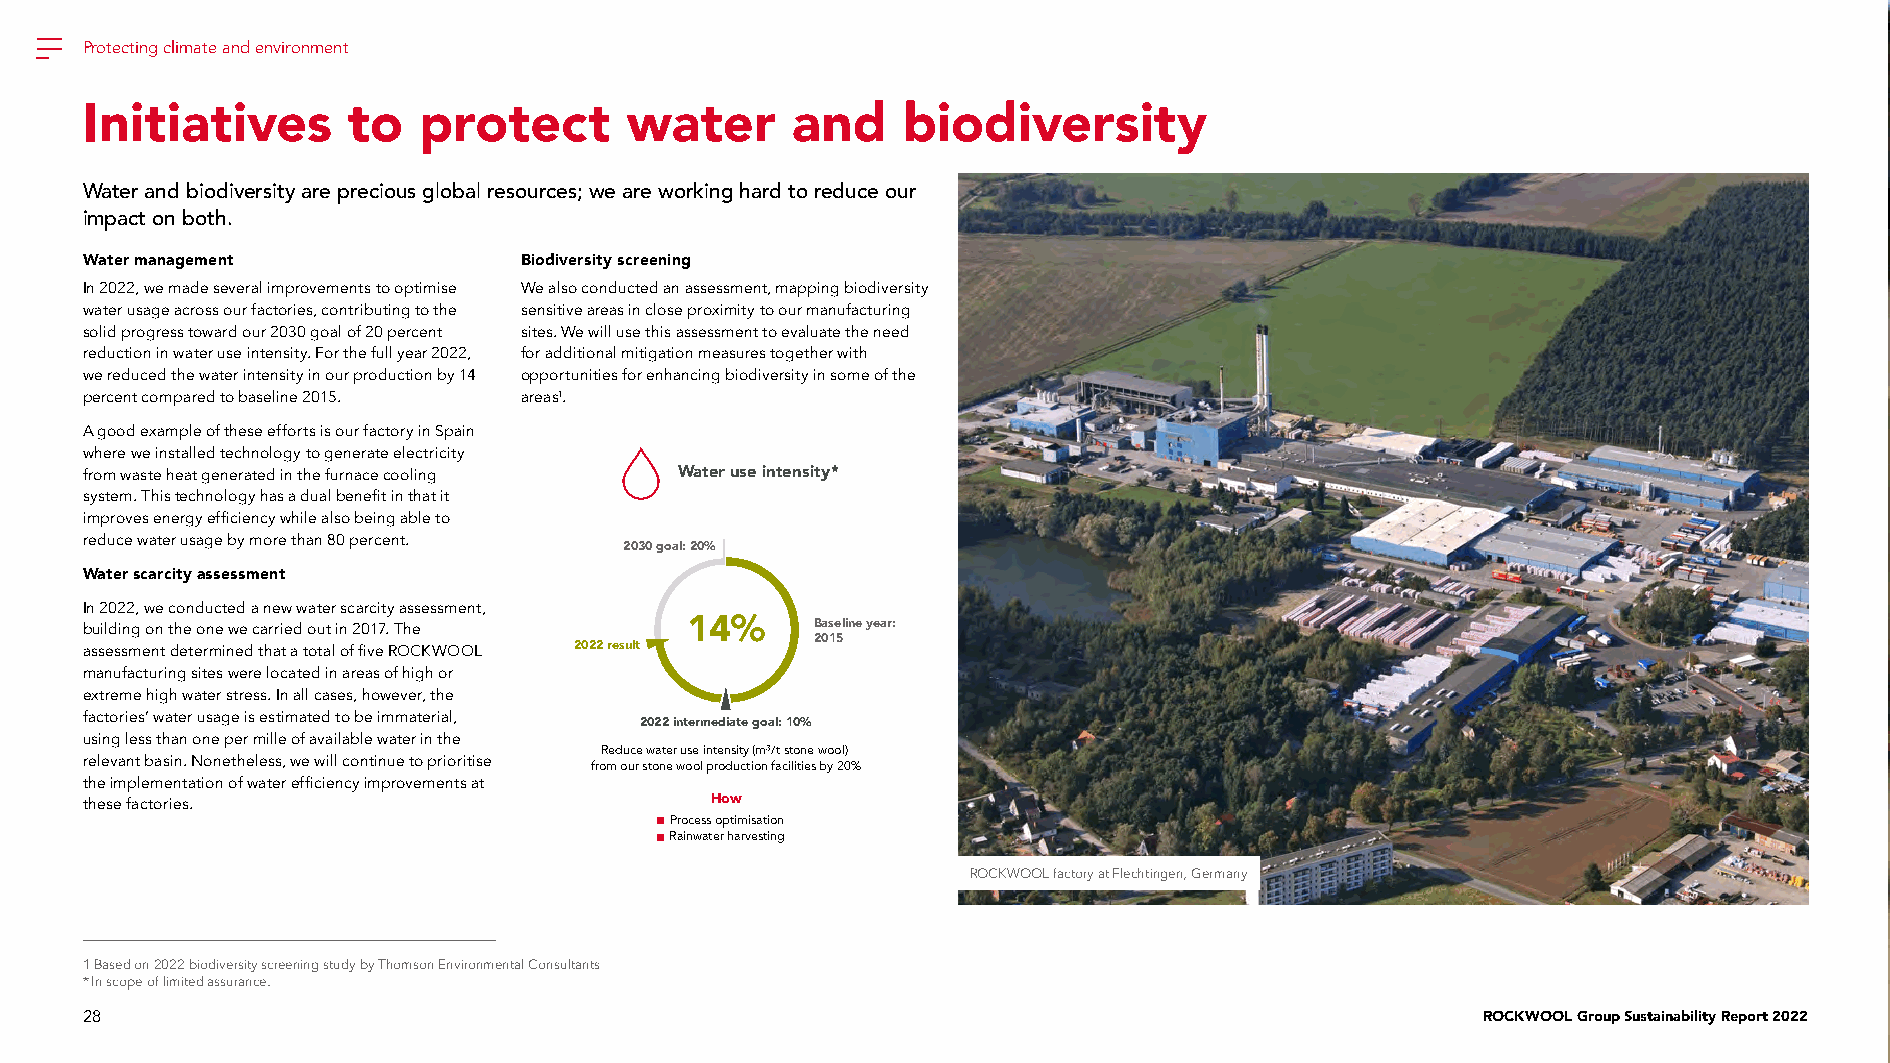
Protecting climate and environment
 Initiatives       to   protect      water      and     biodiversity
 Water and biodiversity are precious global resources; we are working hard to reduce our
 impact on both.
 Water management             Biodiversity screening
 In 2022, we made several improvements to optimise We also conducted an assessment, mapping biodiversity
 water usage across our factories, contributing to the sensitive areas in close proximity to our manufacturing
 solid progress toward our 2030 goal of 20 percent sites. We will use this assessment to evaluate the need
 reduction in water use intensity. For the full year 2022, for additional mitigation measures together with
 we reduced the water intensity in our production by 14 opportunities for enhancing biodiversity in some of the
 percent compared to baseline 2015. areas1.
 A good example of these efforts is our factory in Spain
 where we installed technology to generate electricity
 from waste heat generated in the furnace cooling Water use intensity*
 system. This technology has a dual benefit in that it
 improves energy efficiency while also being able to
 reduce water usage by more than 80 percent.
 2030 goal: 20%
 Water scarcity assessment
 In 2022, we conducted a new water scarcity assessment,
 building on the one we carried out in 2017. The 14% Baseline year:
 2015
 assessment determined that a total of five ROCKWOOL 2022 result
 manufacturing sites were located in areas of high or
 extreme high water stress. In all cases, however, the
 factories’ water usage is estimated to be immaterial, 2022 intermediate goal: 10%
 using less than one per mille of available water in the
 Reduce water use intensity (m³/t stone wool)
 relevant basin. Nonetheless, we will continue to prioritise
 from our stone wool production facilities by 20%
 the implementation of water efficiency improvements at
 these factories.                          How
 Process optimisation
 Rainwater harvesting
 ROCKWOOL factory at Flechtingen, Germany
 1 Based on 2022 biodiversity screening study by Thomson Environmental Consultants
 * In scope of limited assurance.
 28                                                                                           ROCKWOOL Group Sustainability Report 2022